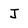
Character: J